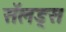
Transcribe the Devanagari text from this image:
सॅलड्स